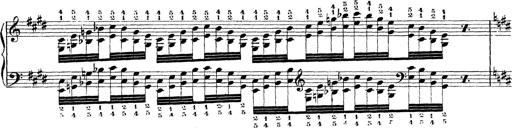
Title: Technische Studien
Composer: Franz Liszt